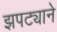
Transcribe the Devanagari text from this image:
झपट्याने